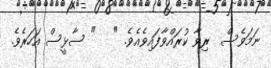
ނަމަވެސް  ރިވާ ކުރައްވާފައިވެއެވެ. "   " ސާޅީސް އަހަރެވެ.